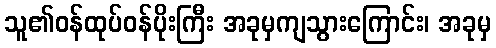
သူ၏ဝန်ထုပ်ဝန်ပိုးကြီး အခုမှကျသွားကြောင်း၊ အခုမှ